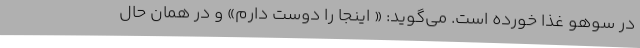
در سوهو غذا خورده است. می‌گوید: « اینجا را دوست دارم» و در همان حال